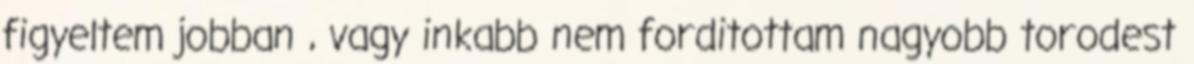
figyeltem jobban , vagy inkabb nem forditottam nagyobb torodest